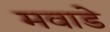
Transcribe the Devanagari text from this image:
मवाडे